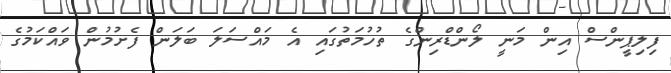
ފިލިޕީންސް އިން މަނީ ލޯންޑްރިންގެ ތުހުމަތުގައި އެ މައްސަލަ ބަލަން ފެށުމުން ވައްކަމުގެ